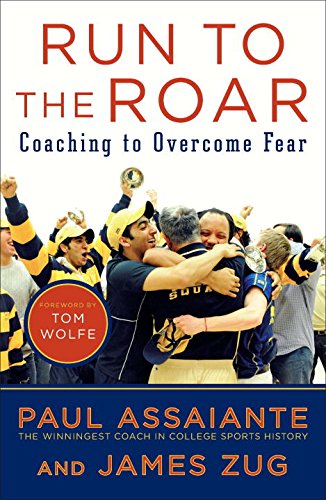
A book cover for Run to the Roar: Coaching to Overcome Fear; Paul Assaiante; Sports & Outdoors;